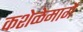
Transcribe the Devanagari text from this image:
कशेळेमार्गे